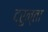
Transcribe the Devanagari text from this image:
दरुन्ता